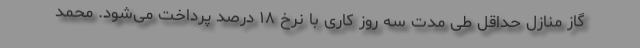
گاز منازل حداقل طی مدت سه روز کاری با نرخ ۱۸ درصد پرداخت می‌شود. محمد